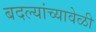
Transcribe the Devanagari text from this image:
बदल्यांच्यावेळी